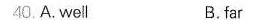
40.A.well